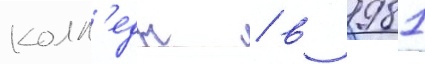
колл'едж / в 1981